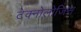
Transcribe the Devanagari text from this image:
टेक्नोलोजिस